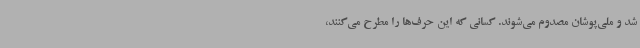
شد و ملی‌پوشان مصدوم می‌شوند. کسانی که این حرف‌ها را مطرح می‌کنند،